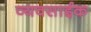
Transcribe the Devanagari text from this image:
व्यवसाईक